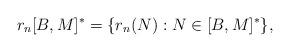
LaTeX: \begin{align*}r_n[B,M]^*=\{r_n(N):N\in [B,M]^*\},\end{align*}